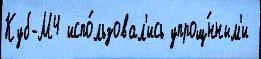
Куб-М4 испо́льзовал'ись упрощ́нным'и